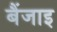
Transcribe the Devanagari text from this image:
बैंजाइ